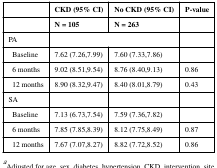
<table><thead><tr><td></td><td><b>CKD (95% CI)</b></td><td><b>No CKD (95% CI)</b></td><td><b>P-value</b></td></tr><tr><td></td><td><b>N = 105</b></td><td><b>N = 263</b></td><td></td></tr></thead><tbody><tr><td>PA</td><td colspan="2"></td><td></td></tr><tr><td>Baseline</td><td>7.62 (7.26,7.99)</td><td>7.60 (7.33,7.86)</td><td></td></tr><tr><td>6 months</td><td>9.02 (8.51,9.54)</td><td>8.76 (8.40,9.13)</td><td>0.86</td></tr><tr><td>12 months</td><td>8.90 (8.32,9.47)</td><td>8.40 (8.01,8.79)</td><td>0.43</td></tr><tr><td>SA</td><td></td><td></td><td></td></tr><tr><td>Baseline</td><td>7.13 (6.73,7.54)</td><td>7.59 (7.36,7.82)</td><td></td></tr><tr><td>6 months</td><td>7.85 (7.85,8.39)</td><td>8.12 (7.75,8.49)</td><td>0.87</td></tr><tr><td>12 months</td><td>7.67 (7.07,8.27)</td><td>8.82 (7.72,8.52)</td><td>0.86</td></tr></tbody></table>